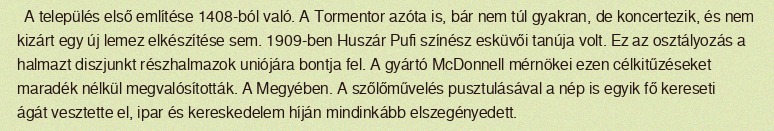
A település első említése 1408-ból való. A Tormentor azóta is, bár nem túl gyakran, de koncertezik, és nem kizárt egy új lemez elkészítése sem. 1909-ben Huszár Pufi színész esküvői tanúja volt. Ez az osztályozás a halmazt diszjunkt részhalmazok uniójára bontja fel. A gyártó McDonnell mérnökei ezen célkitűzéseket maradék nélkül megvalósították. A Megyében. A szőlőművelés pusztulásával a nép is egyik fő kereseti ágát vesztette el, ipar és kereskedelem híján mindinkább elszegényedett.